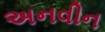
અનવીન